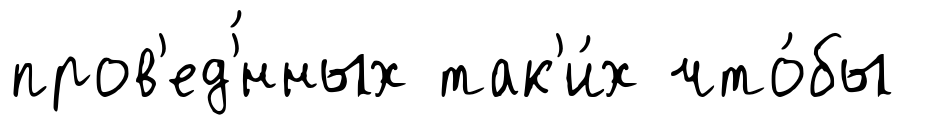
пров'ед'́нных так'и́х что́бы